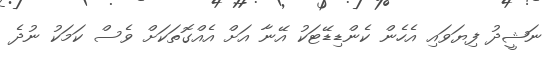
ނަޝީދު ފިޔަވައި އެހެން ކެންޑިޑޭޓަކު އޭނާ އަށް އެއްގޮތަކަށް ވެސް ކަމަކު ނުދެ